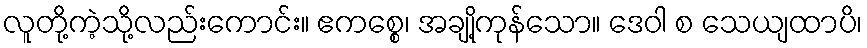
လူတို့ကဲ့သို့လည်းကောင်း။ ဧကစ္စေ၊ အချို့ကုန်သော။ ဒေဝါ စ သေယျထာပိ၊